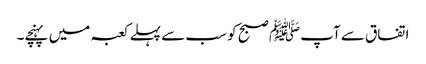
اتفاق سے آپﷺ صبح کو سب سے پہلے کعبہ میں پہنچے۔